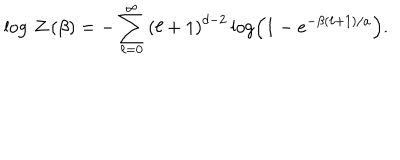
\log \, Z \left( \beta \right) = - \sum _ { \ell = 0 } ^ { \infty } \left( \ell + 1 \right) ^ { d - 2 } \log \left( 1 - e ^ { - \beta \left( \ell + 1 \right) / a } \right) .